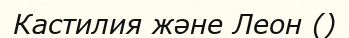
Кастилия және Леон ()